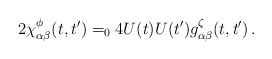
\begin{align*}2\chi^{\phi}_{\alpha\beta}(t,t') =_0 4U(t)U(t')g^{\zeta}_{\alpha\beta}(t,t')\,.\end{align*}